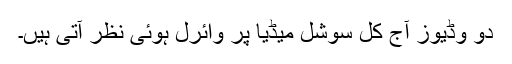
دو وڈیوز آج کل سوشل میڈیا پر وائرل ہوئی نظر آتی ہیں۔